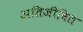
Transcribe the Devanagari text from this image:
अतिजीवित